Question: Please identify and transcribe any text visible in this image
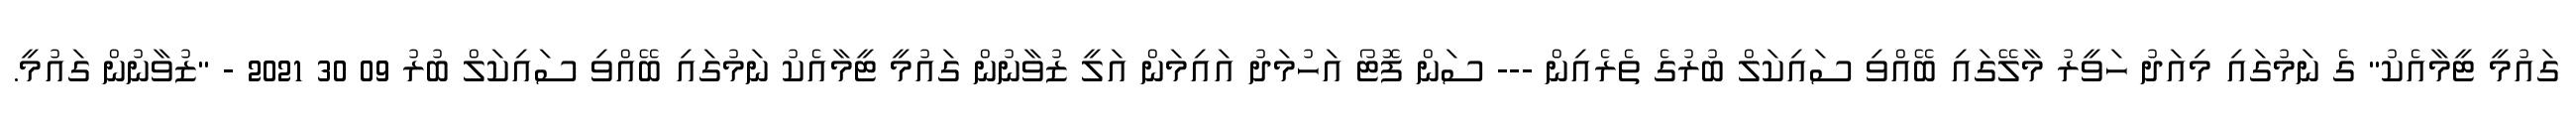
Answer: ގައުމީ ޓީމާއެކު" ގެ ނަމުގައި މިއަދު ހަވީރު މާލޭގައި ބޭއްވި ސައިކަލް ބުރުގެ ތެރެއިން --- ސަން ފޮޓޯ އަހުމަދު އައިމަން އަލީ ޒުވާނުން ގައުމީ ޓީމާއެކު ނަމުގައި ބޭއްވި ސައިކަލް ބުރު 09 30 2021 - "ޒުވާނުން ގައުމީ.